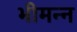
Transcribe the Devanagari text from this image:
भीमन्‍न